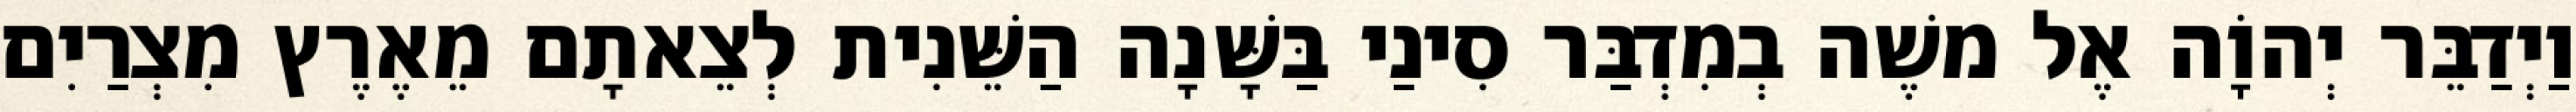
וַיְדַבֵּר יְהוָֹה אֶל משֶׁה בְמִדְבַּר סִינַי בַּשָּׁנָה הַשֵּׁנִית לְצֵאתָם מֵאֶרֶץ מִצְרַיִם